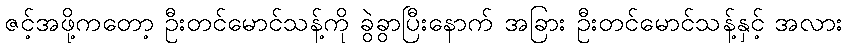
ဇင့်အဖို့ကတော့ ဦးတင်မောင်သန့်ကို ခွဲခွာပြီးနောက် အခြား ဦးတင်မောင်သန့်နှင့် အလား